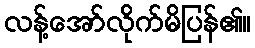
လန့်အော်လိုက်မိပြန်၏။